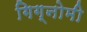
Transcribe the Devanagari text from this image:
गिग्नोमी